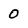
Character: 0